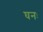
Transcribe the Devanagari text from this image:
घनः